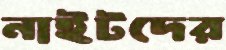
নাইটদের